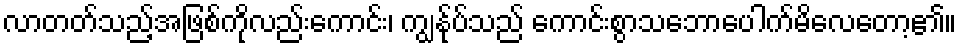
လာတတ်သည့်အဖြစ်ကိုလည်းကောင်း၊ ကျွန်ုပ်သည် ကောင်းစွာသဘောပေါက်မိလေတော့၏။